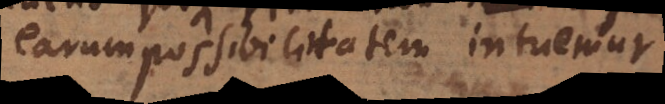
earum possibilitatem intuemur.